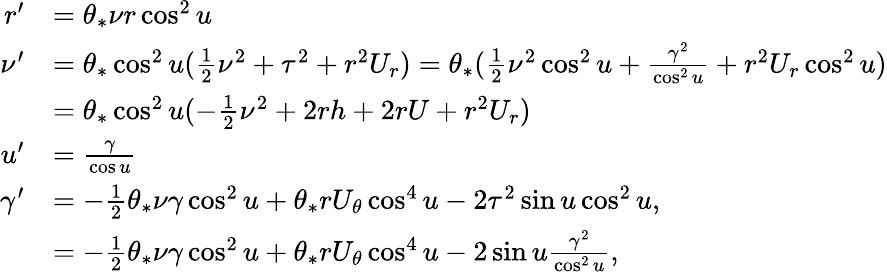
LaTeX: \begin{array}{rl}{r^{\prime}}&{=\theta_{*}\nu r\cos^{2}u}\\ {\nu^{\prime}}&{=\theta_{*}\cos^{2}u(\frac{1}{2}\nu^{2}+\tau^{2}+r^{2}U_{r})=\theta_{*}(\frac{1}{2}\nu^{2}\cos^{2}u+\frac{\gamma^{2}}{\cos^{2}u}+r^{2}U_{r}\cos^{2}u)}\\ &{=\theta_{*}\cos^{2}u(-\frac{1}{2}\nu^{2}+2rh+2rU+r^{2}U_{r})}\\ {u^{\prime}}&{=\frac{\gamma}{\cos u}}\\ {\gamma^{\prime}}&{=-\frac{1}{2}\theta_{*}\nu\gamma\cos^{2}u+\theta_{*}rU_{\theta}\cos^{4}u-2\tau^{2}\sin u\cos^{2}u,}\\ &{=-\frac{1}{2}\theta_{*}\nu\gamma\cos^{2}u+\theta_{*}rU_{\theta}\cos^{4}u-2\sin u\frac{\gamma^{2}}{\cos^{2}u},}\end{array}